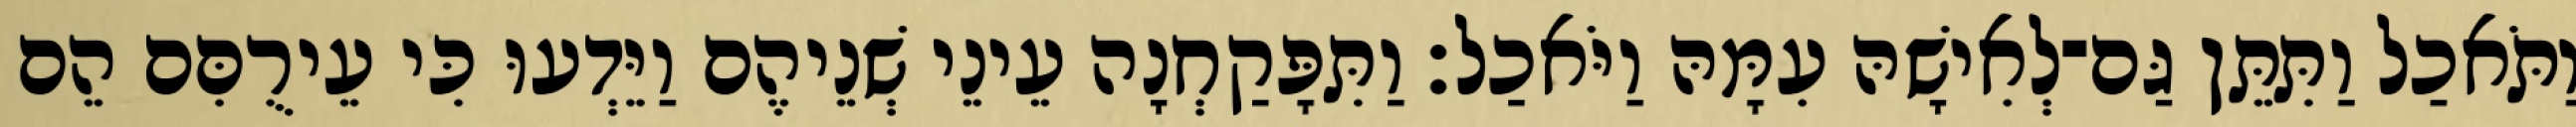
וַתֹּאכַל וַתִּתֵּן גַּם־לְאִישָׁהּ עִמָּהּ וַיֹּאכַל׃ וַתִּפָּקַחְנָה עֵינֵי שְׁנֵיהֶם וַיֵּדְעוּ כִּי עֵירֻםִּם הֵם